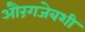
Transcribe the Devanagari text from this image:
औरंगजेबशी